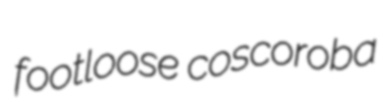
footloose coscoroba